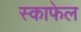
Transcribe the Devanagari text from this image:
स्काफेल